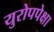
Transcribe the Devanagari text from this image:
युरोपपेक्षा